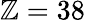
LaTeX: \mathbb{Z}=38